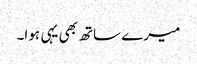
میرے ساتھ بھی یہی ہوا۔